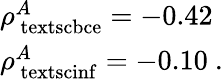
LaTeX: \begin{array}{ll}{\rho_{\mathrm{\ textsc{bce}}}^{A}=-0.42}\\ {\rho_{\mathrm{\ textsc{inf}}}^{A}=-0.10~.}\end{array}